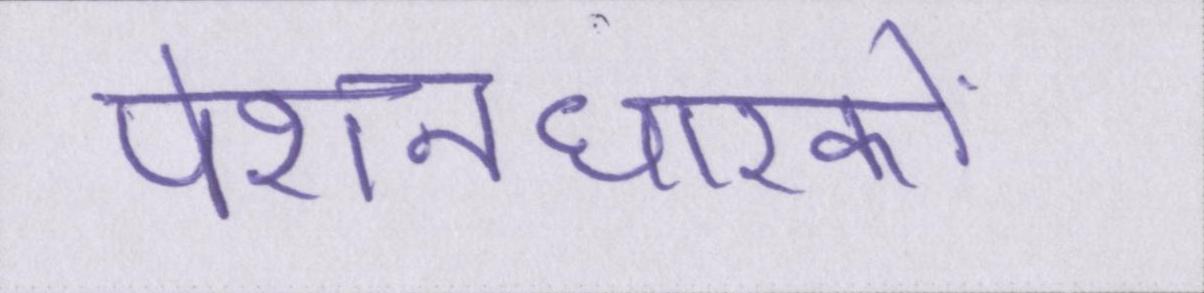
पेंशनधारकों